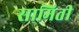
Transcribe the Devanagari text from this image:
सामिती